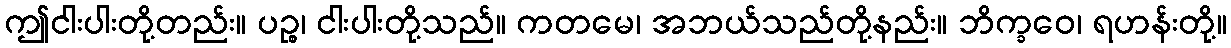
ဤငါးပါးတို့တည်း။ ပဉ္စ၊ ငါးပါးတို့သည်။ ကတမေ၊ အဘယ်သည်တို့နည်း။ ဘိက္ခဝေ၊ ရဟန်းတို့။